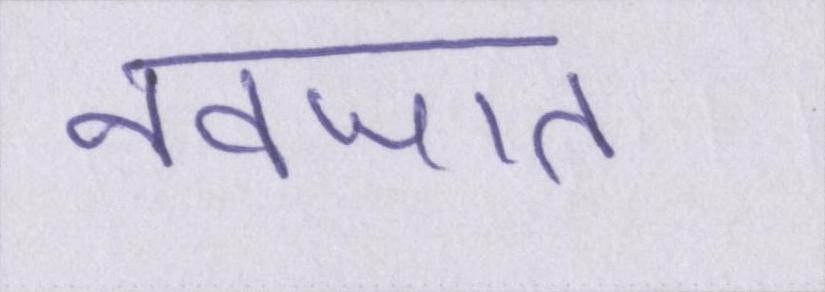
नवजात